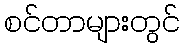
စင်တာများတွင်